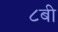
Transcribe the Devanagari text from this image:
८बी